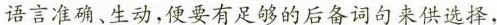
语言准确、生动，便要有足够的后备词句来供选择，